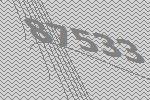
87533